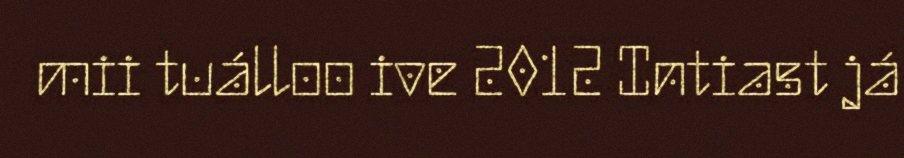
mii tuálloo ive 2012 Intiast já